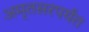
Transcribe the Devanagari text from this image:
अमृतसरपर्यंत